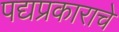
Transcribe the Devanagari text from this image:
पद्यप्रकाराचे